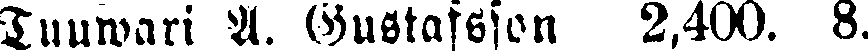
Tuuwari A. Gustafsson 2,400. 8.